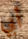
أبي